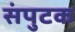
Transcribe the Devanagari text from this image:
संपुटक